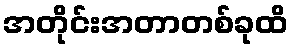
အတိုင်းအတာတစ်ခုထိ